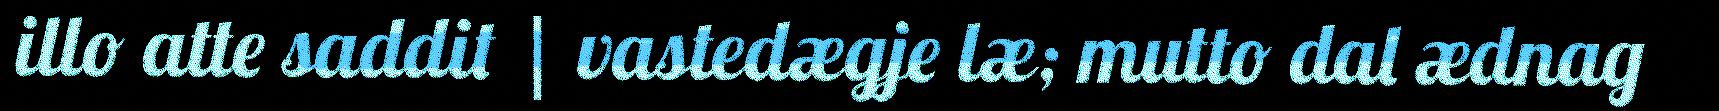
illo atte saddit | vastedægje læ; mutto dal ædnag